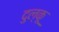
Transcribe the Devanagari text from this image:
दुल्कू